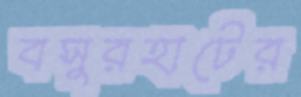
বসুরহাটের